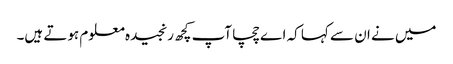
میں نے ان سے کہا کہ اے چچا آپ کچھ رنجیدہ معلوم ہوتے ہیں۔